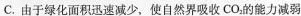
C.由于绿化面积迅速减少，使自然界吸收CO_{2}的能力减弱